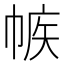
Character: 𢃨